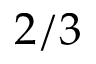
2 / 3